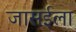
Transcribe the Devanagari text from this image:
जासईला